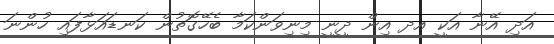
އަދި އޭނާ އަކީ އދ އިން ދީނީ މިނިވަންކަމާ ބެހޭގޮތުން ކަނޑައަޅާފައި ހުންނަ